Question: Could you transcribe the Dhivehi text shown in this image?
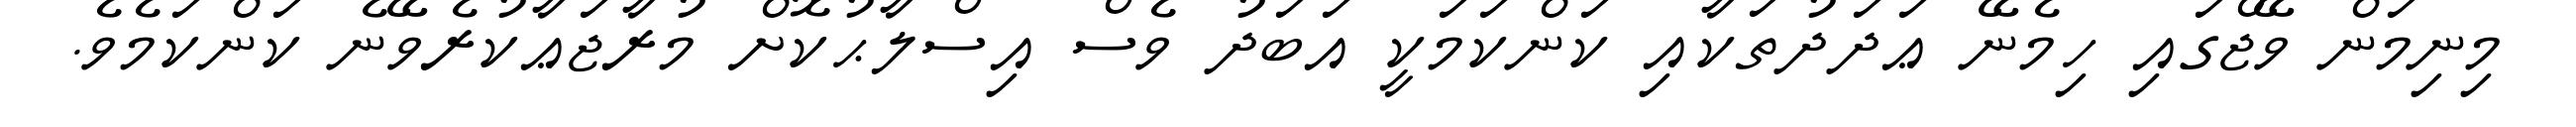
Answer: މިނިމަން ވޭޖްގައި ހިމެނޭ ޢަދަދުތަކާއި ކަންކަމަކީ އަބަދު ވެސް އިސްލާޙުކޮށް މުރާޖަޢާކުރެވޭނެ ކަންކަމެވެ.